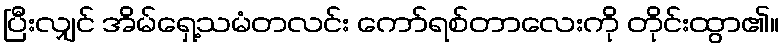
ပြီးလျှင် အိမ်ရှေ့သမံတလင်း ကော်ရစ်တာလေးကို တိုင်းထွာ၏။